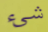
شيء